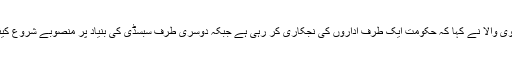
سینیٹر سلیم مانڈوی والا نے کہا کہ حکومت ایک طرف اداروں کی نجکاری کر رہی ہے جبکہ دوسری طرف سبسڈی کی بنیاد پر منصوبے شروع کیئے جا رہے ہیں۔